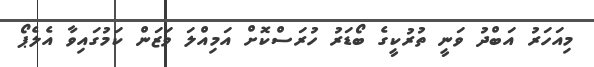
މިއަހަރު އަބްދު ވަނީ ތުރުކީގެ ބޯޑަރު ހުރަސްކޮށް އަމިއްލަ ވަޒަން ކަމުގައިވާ އެލެޕޯ